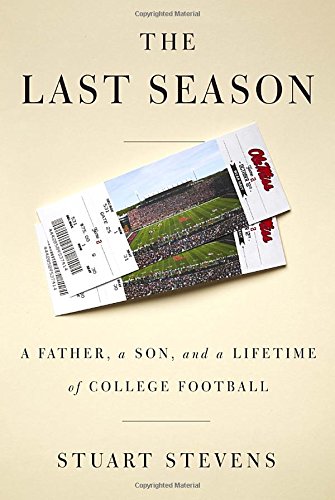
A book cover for The Last Season: A Father, a Son, and a Lifetime of College Football; Stuart Stevens; Humor & Entertainment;